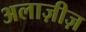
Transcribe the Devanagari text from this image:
अलाज़ीज़